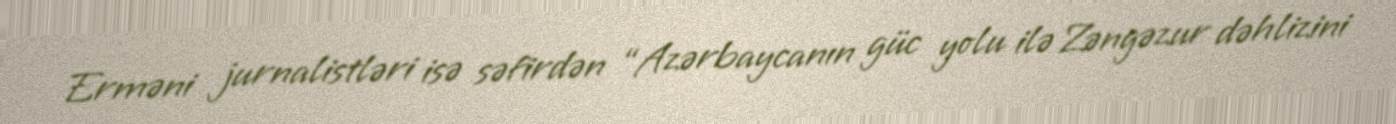
Erməni jurnalistləri isə səfirdən “Azərbaycanın güc yolu ilə Zəngəzur dəhlizini